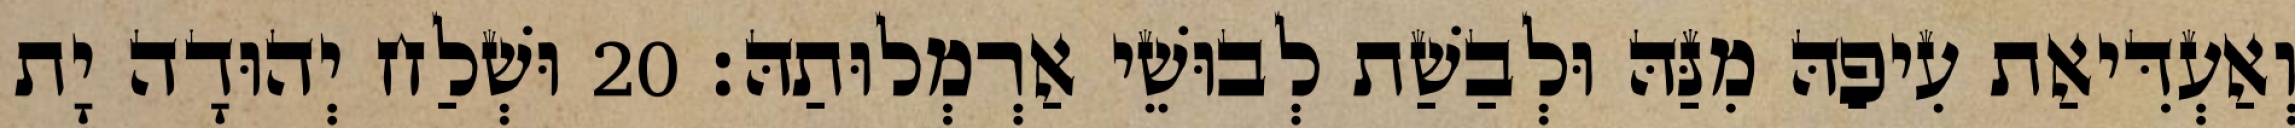
וְאַעְדִּיאַת עִיפַהּ מִנַּהּ וּלְבַשַׁת לְבוּשֵׁי אַרְמְלוּתַהּ׃ 20 וּשְׁלַח יְהוּדָה יָת